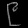
Digit: ၉